Indian journal of veterinary science and animal husbandry - Volume 6,
Year: 1936
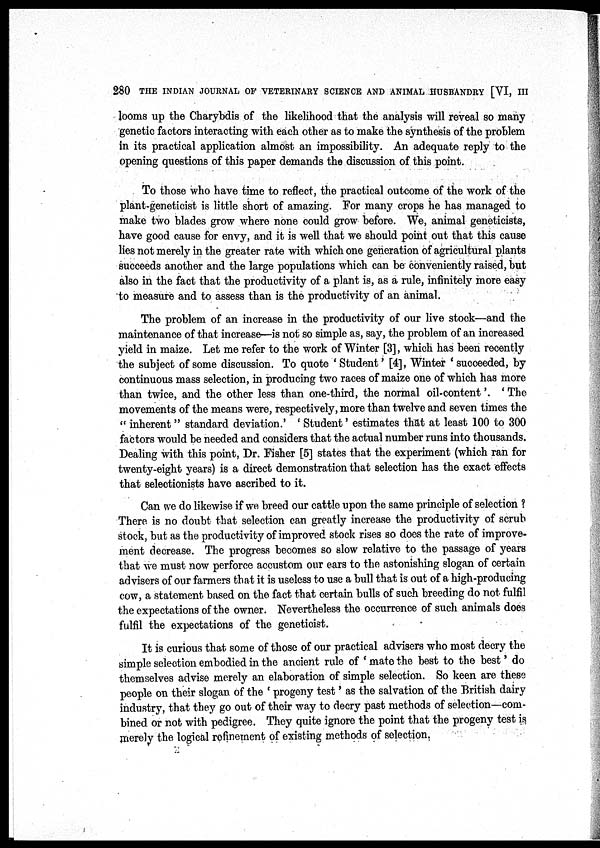
280 THE INDIAN JOURNAL OF VETERINARY SCIENCE AND ANIMAL HUSBANDRY [VI, III
looms up the Charybdis of the likelihood that the analysis will reveal so many
genetic factors interacting with each other as to make the synthesis of the problem
in its practical application almost an impossibility. An adequate reply to the
opening questions of this paper demands the discussion of this point.
To those who have time to reflect, the practical outcome of the work of the
plant-geneticist is little short of amazing. For many crops he has managed to
make two blades grow where none could grow before. We, animal geneticists,
have good cause for envy, and it is well that we should point out that this cause
lies not merely in the greater rate with which one generation of agricultural plants
succeeds another and the large populations which can be conveniently raised, but
also in the fact that the productivity of a plant is, as a rule, infinitely more easy
to measure and to assess than is the productivity of an animal.
The problem of an increase in the productivity of our live stock—and the
maintenance of that increase—is not so simple as, say, the problem of an increased
yield in maize. Let me refer to the work of Winter [3], which has been recently
the subject of some discussion. To quote 'Student' [4], Winter 'succeeded, by
continuous mass selection, in producing two races of maize one of which has more
than twice, and the other less than one-third, the normal oil-content'. ' The
movements of the means were, respectively, more than twelve and seven times the
" inherent " standard deviation.' ' Student' estimates that at least 100 to 300
factors would be needed and considers that the actual number runs into thousands.
Dealing with this point, Dr. Fisher [5] states that the experiment (which ran for
twenty-eight years) is a direct demonstration that selection has the exact effects
that selectionists have ascribed to it.
Can we do likewise if we breed our cattle upon the same principle of selection ?
There, is no doubt that selection can greatly increase the productivity of scrub
stock, but as the productivity of improved stock rises so does the rate of improve-
ment decrease. The progress becomes so slow relative to the passage of years
that we must now perforce accustom our ears to the astonishing slogan of certain
advisers of our farmers that it is useless to use a bull that is out of a high-producing
cow, a statement based on the fact that certain bulls of such breeding do not fulfil
the expectations of the owner. Nevertheless the occurrence of such animals does
fulfil the expectations of the geneticist.
It is curious that some of those of our practical advisers who most decry the
simple selection embodied in the ancient rule of ' mate the best to the best' do
themselves advise merely an elaboration of simple selection. So keen are these
people on their slogan of the ' progeny test' as the salvation of the British dairy
industry, that they go out of their way to decry past methods of selection—com-
bined or not with pedigree. They quite ignore the point that the progeny test is
merely the logical refinement of existing methods of selection.